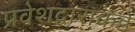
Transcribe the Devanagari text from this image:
प्रवेशद्वाराकडे